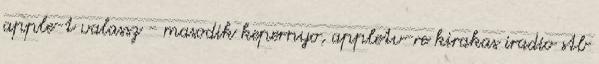
apple-t valassz - masodik kepernyo, appletv-re kirakas iradio stb